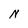
Character: N